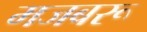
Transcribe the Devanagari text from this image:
मजबरू